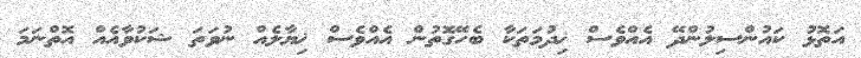
އަތޮޅު ކައުންސިލުންދޭ އެއްވެސް ޚިދުމަތަކާ ބެހޭގޮތުން އެއްވެސް ޚިޔާލެއް ނުވަތަ ޝަކުވާއެއް އޮތްނަމަ